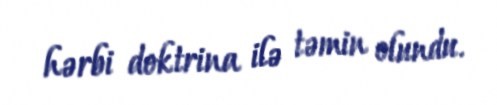
hərbi doktrina ilə təmin olundu.